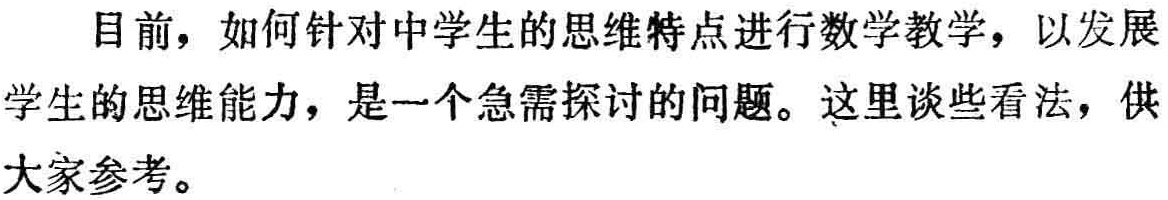
目前，如何针对中学生的思维特点进行数学教学，以发展学生的思维能力，是一个急需探讨的问题。这里谈些看法，供大家参考。